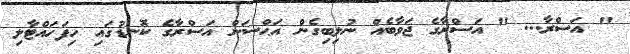
" އަސްރާ... " އަސްރާގެ ޖަވާބެއް ނުލިބިގެން އަޙްސަން އަސްރާގެ ކޮނޑުގައި ހިފަހައްޓާލި